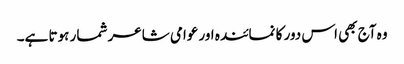
وہ آج بھی اس دور کا نمائندہ اور عوامی شاعر شمار ہوتا ہے۔